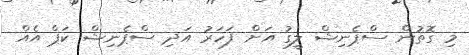
މި ގޮތުން ސްޕެނިޝް ލީގު އަށް ފަހަރު އަދި ސްޕެނިޝް ކަޕް އެއް